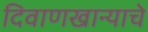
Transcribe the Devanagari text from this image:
दिवाणखान्याचे